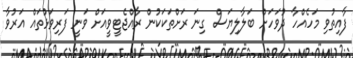
ފާއިތުވި މަހެއްހާ ދުވަހަށް ބަލާލިޔަސް ގިނަ ރަށްތަކަކުން ރާއްޖެޓީވީއަށް ވަނީ ފަރިވަޅުތައް އަރުވާ